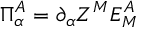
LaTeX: \Pi _ { \alpha } ^ { A } = \partial _ { \alpha } Z ^ { M } E _ { M } ^ { A }